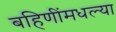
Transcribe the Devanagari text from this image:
बहिणींमधल्या